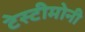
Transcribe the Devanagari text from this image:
टेस्टीमोनी